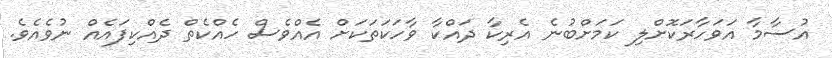
އުސާމާ އަވަހާރަކޮށްލި ކަމަށްބުނެ އެެރިކާ ދައްކާ ވާހަކަތަކަށް އެއްވެސް ހެއްކެތް ދެއްކިފައެއް ނުވެއެވެ.